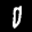
Label: 0